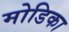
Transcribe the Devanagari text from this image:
मोडिका